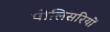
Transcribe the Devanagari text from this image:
पोलिसरियों